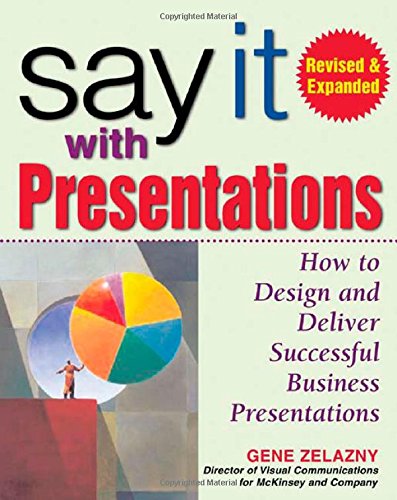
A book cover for Say It with Presentations: How to Design and Deliver Successful Business Presentations, Revised & Expanded Edition; Gene Zelazny; Business & Money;